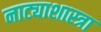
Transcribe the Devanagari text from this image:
नाट्याशास्त्रा